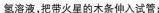
氢溶液，把带火星的木条伸入试管；